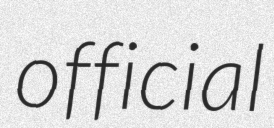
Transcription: official